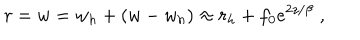
LaTeX: r = w = w _ { h } + ( w - w _ { h } ) \approx r _ { h } + f _ { 0 } e ^ { 2 z / \beta } \; ,